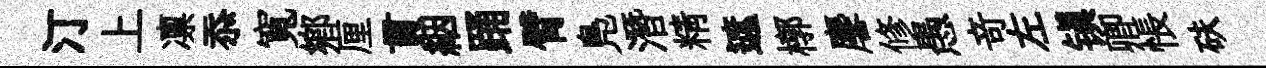
汀上凛忝寬鄕厘貫絪踊臂鳬潛精遮槨麐修愚竒左镇卿悵砆